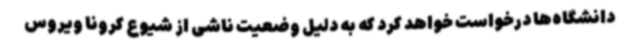
دانشگاه‌ها درخواست خواهد کرد که به دلیل وضعیت ناشی از شیوع کرونا ویروس